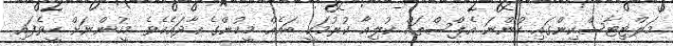
މަލްޓިޓާސްކިންގައި ހުންނަ އެޕްސްތައް ކުލިއާ ކުރުމަކީ ބައެއް މީހުންގެ އާދައެކެވެ. މީހުންނަށް ހީވެފައި